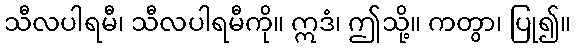
သီလပါရမီ၊ သီလပါရမီကို။ ဣဒံ၊ ဤသို့။ ကတွာ၊ ပြု၍။